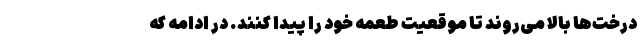
درخت‌ها بالا می‌روند تا موقعیت طعمه خود را پیدا کنند. در ادامه که